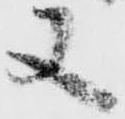
又